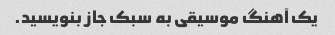
یک آهنگ موسیقی به سبک جاز بنویسید.